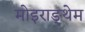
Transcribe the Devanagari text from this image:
मोइराङ्थेम